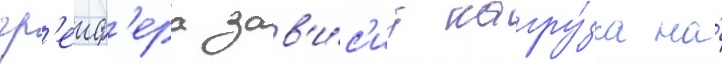
гр'еиф'ера зав'и́с'ит нагру́зка на́